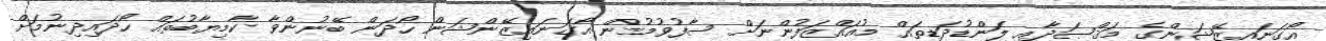
އޯގަނައިޒޭޝަންގެ މަޤްޞަދާއި ލަންޑުދަޑިތައް މުއައްޒަފުންނަށް ސާފުވުމުން އޯގަނައިޒޭންޝަން ހޯދަން ބޭނުންވާ ކާމިޔާބުތައް ހޯދައިދިނުމަށް